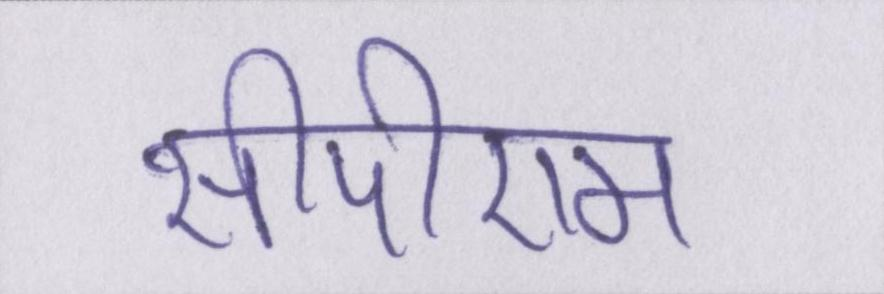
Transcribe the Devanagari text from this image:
सीपीएम